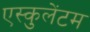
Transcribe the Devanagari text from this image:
एस्कुलेंटम